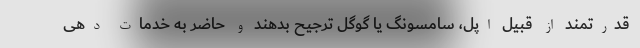
قدرتمند از قبیل اپل، سامسونگ یا گوگل ترجیح بدهند و حاضر به خدمات دهی